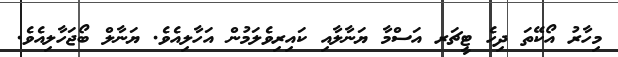
މިހާރު އޯކޭތަ ދިހެ ޓީޗަރ އަސްމާ ޔަނާލާއި ކައިރިވެލަމުން އަހާލިއެވެ. ޔަނާލް ބޯޖަހާލިއެވެ.